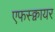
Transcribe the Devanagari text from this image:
एफस्क्वायर